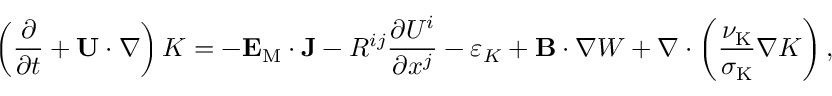
\left( { \frac { \partial } { \partial t } + { \bf { U } } \cdot \nabla } \right) K = - { \bf { E } } _ { \mathrm { { M } } } \cdot { \bf { J } } - { \cal { R } } ^ { i j } \frac { \partial U ^ { i } } { \partial x ^ { j } } - \varepsilon _ { K } + { \bf { B } } \cdot \nabla W + \nabla \cdot \left( { \frac { \nu _ { \mathrm { K } } } { \sigma _ { \mathrm { { K } } } } \nabla K } \right) ,